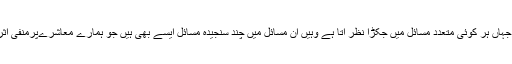
نفسا نفسی کے دور میں جہاں ہر کوئی متعدد مسائل میں جکڑا نظر آتا ہے وہیں ان مسائل میں چند سنجیدہ مسائل ایسے بھی ہیں جو ہمارے معاشرےپرمنفی اثرات مرتب کر رہے ہیں۔